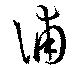
浦